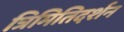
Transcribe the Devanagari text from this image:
त्रिमितिदर्शन